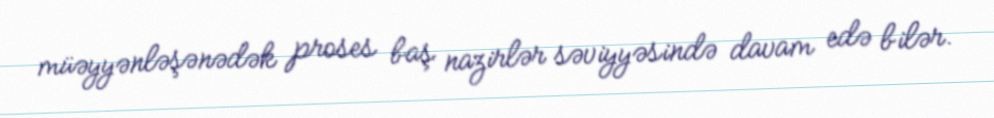
müəyyənləşənədək proses baş nazirlər səviyyəsində davam edə bilər.